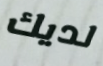
لديك